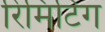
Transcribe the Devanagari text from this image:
रिमिटिंग